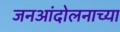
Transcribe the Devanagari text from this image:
जनआंदोलनाच्या